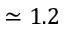
\simeq 1 . 2